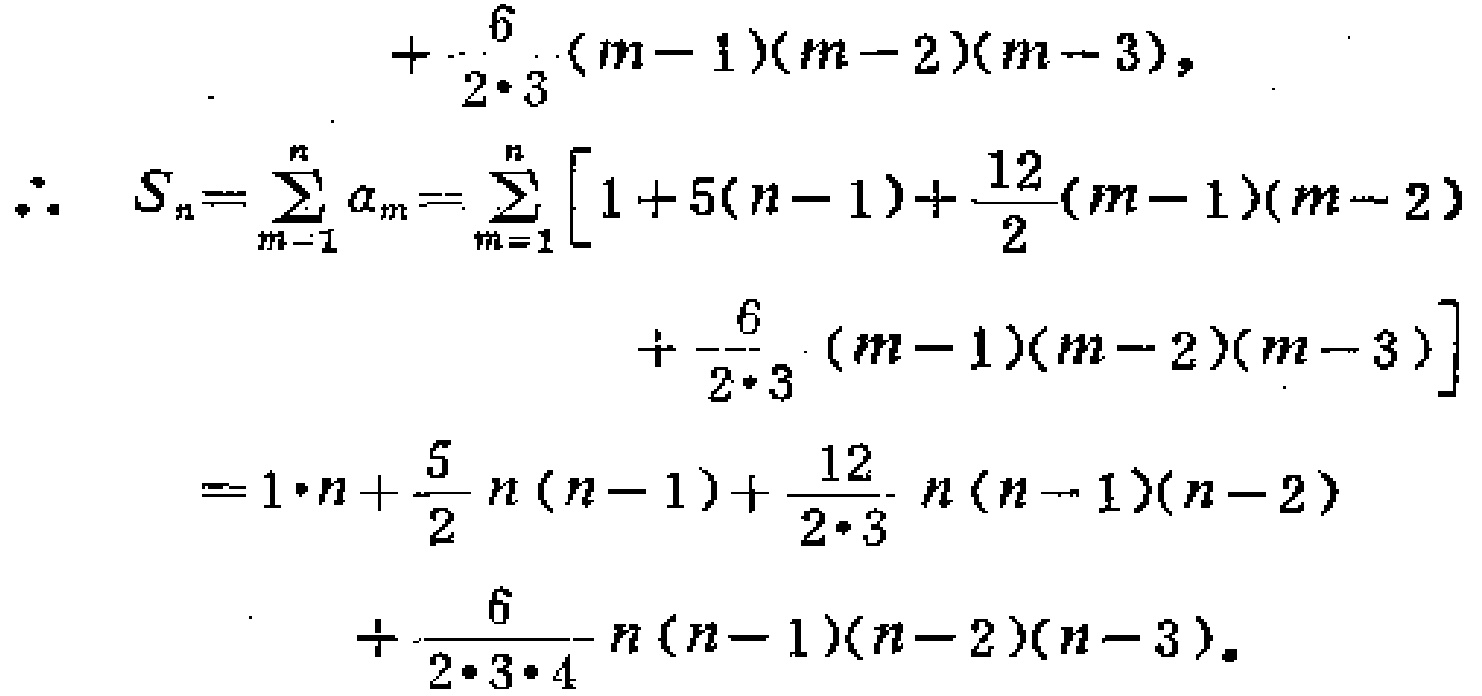
\[
\begin{align*}
&+\frac{6}{2\cdot3}(m - 1)(m - 2)(m - 3),\\
\therefore S_{n}&=\sum_{m = 1}^{n}a_{m}=\sum_{m = 1}^{n}\left[1 + 5(n - 1)+\frac{12}{2}(m - 1)(m - 2)\right.\\
&\left.+\frac{6}{2\cdot3}(m - 1)(m - 2)(m - 3)\right]\\
&=1\cdot n+\frac{5}{2}n(n - 1)+\frac{12}{2\cdot3}n(n - 1)(n - 2)\\
&+\frac{6}{2\cdot3\cdot4}n(n - 1)(n - 2)(n - 3).
\end{align*}
\]